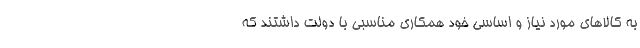
به کالا‌های مورد نیاز و اساسی خود همکاری مناسبی با دولت داشتند که